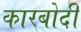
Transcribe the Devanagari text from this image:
कारबोदी